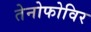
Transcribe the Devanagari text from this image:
तेनोफोविर